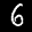
Label: 6